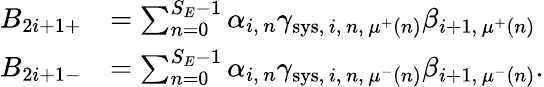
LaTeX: \begin{array}{rl}{B_{2i+1+}}&{=\sum_{n=0}^{S_{E}-1}\alpha_{i,\, n}\gamma_{\mathrm{sys},\, i,\, n,\, \mu^{+}(n)}\beta_{i+1,\, \mu^{+}(n)}}\\ {B_{2i+1-}}&{=\sum_{n=0}^{S_{E}-1}\alpha_{i,\, n}\gamma_{\mathrm{sys},\, i,\, n,\, \mu^{-}(n)}\beta_{i+1,\, \mu^{-}(n)}.}\end{array}